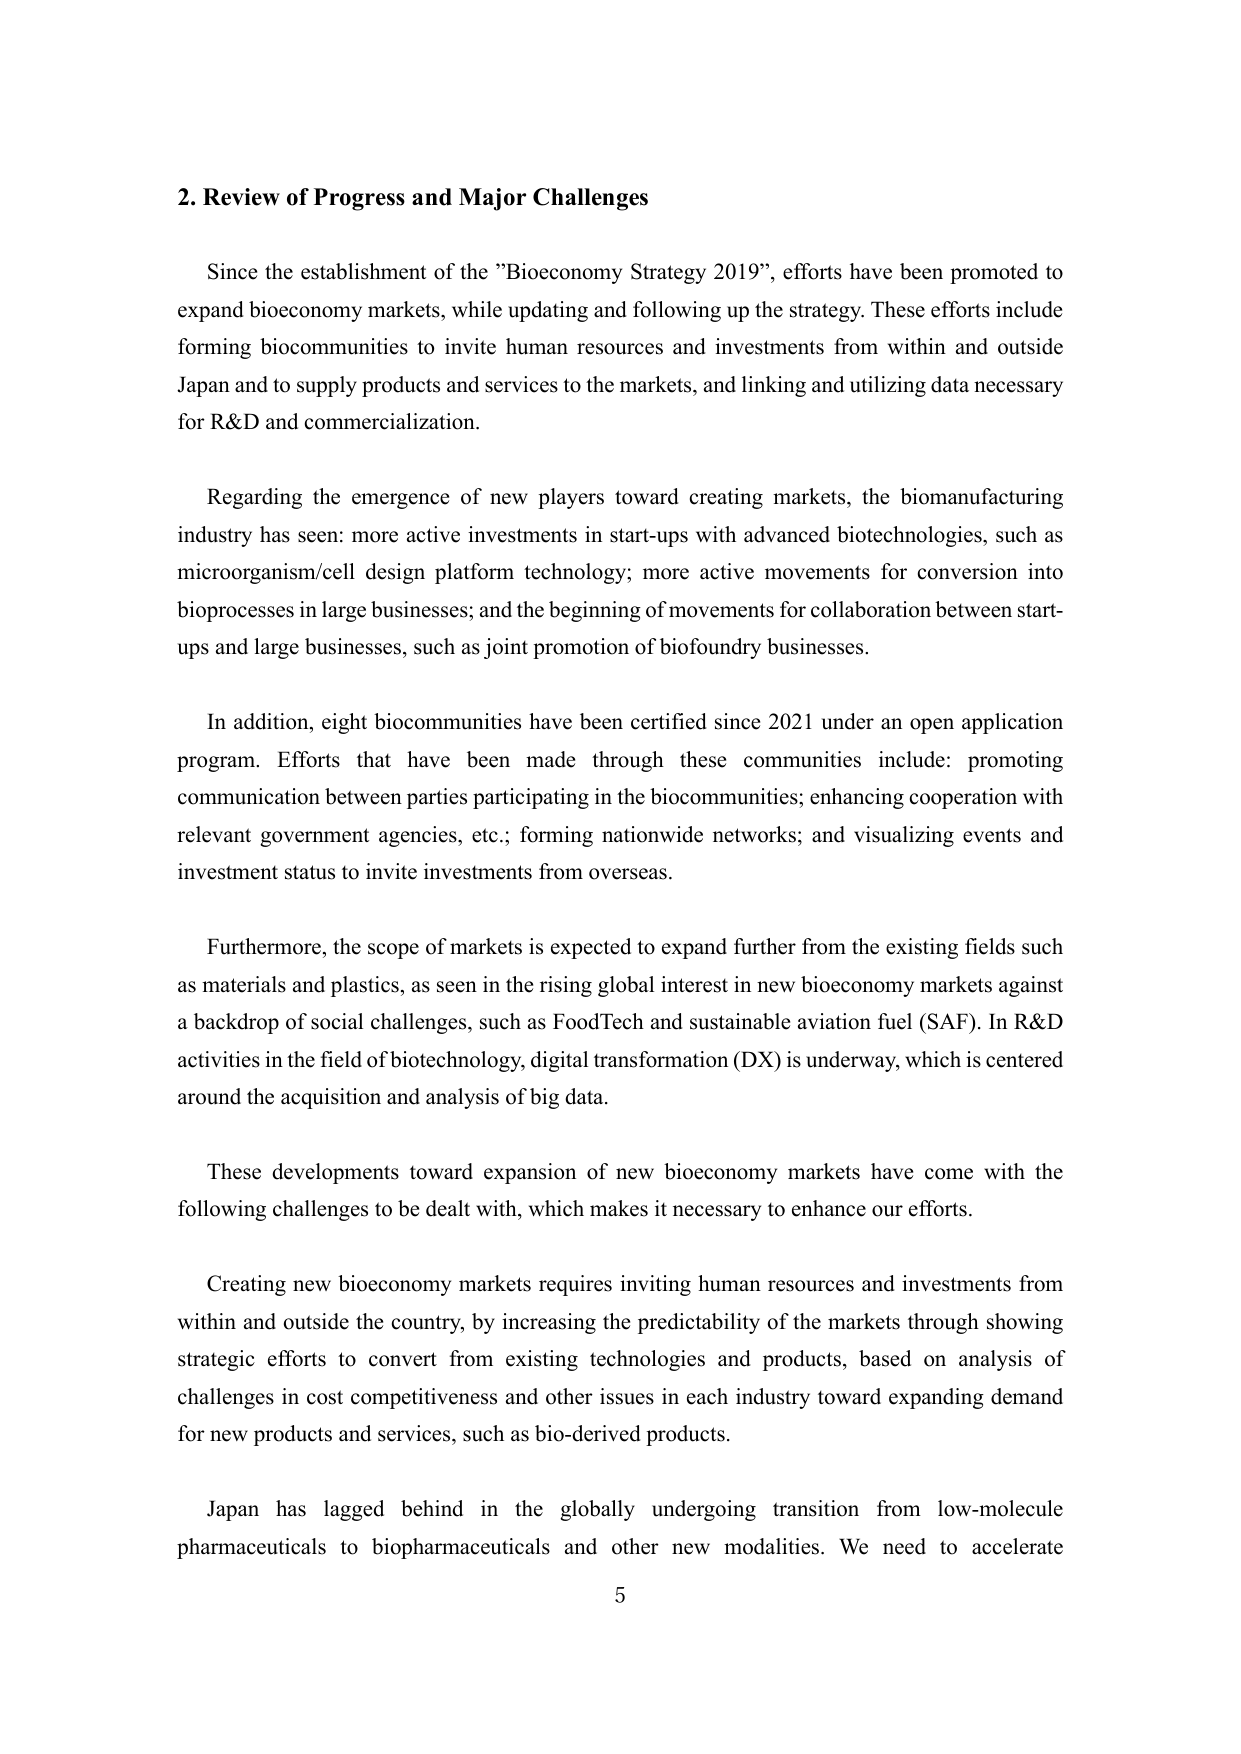
2. Review of Progress and Major Challenges

Since the establishment of the "Bioeconomy Strategy 2019", efforts have been promoted to expand bioeconomy markets, while updating and following up the strategy. These efforts include forming biocommunities to invite human resources and investments from within and outside Japan and to supply products and services to the markets, and linking and utilizing data necessary for R&D and commercialization.

Regarding the emergence of new players toward creating markets, the biomanufacturing industry has seen: more active investments in start-ups with advanced biotechnologies, such as microorganism/cell design platform technology; more active movements for conversion into bioprocesses in large businesses; and the beginning of movements for collaboration between start-ups and large businesses, such as joint promotion of biofoundry businesses.

In addition, eight biocommunities have been certified since 2021 under an open application program. Efforts that have been made through these communities include: promoting communication between parties participating in the biocommunities; enhancing cooperation with relevant government agencies, etc.; forming nationwide networks; and visualizing events and investment status to invite investments from overseas.

Furthermore, the scope of markets is expected to expand further from the existing fields such as materials and plastics, as seen in the rising global interest in new bioeconomy markets against a backdrop of social challenges, such as FoodTech and sustainable aviation fuel (SAF). In R&D activities in the field of biotechnology, digital transformation (DX) is underway, which is centered around the acquisition and analysis of big data.

These developments toward expansion of new bioeconomy markets have come with the following challenges to be dealt with, which makes it necessary to enhance our efforts.

Creating new bioeconomy markets requires inviting human resources and investments from within and outside the country, by increasing the predictability of the markets through showing strategic efforts to convert from existing technologies and products, based on analysis of challenges in cost competitiveness and other issues in each industry toward expanding demand for new products and services, such as bio-derived products.

Japan has lagged behind in the globally undergoing transition from low-molecule pharmaceuticals to biopharmaceuticals and other new modalities. We need to accelerate

5